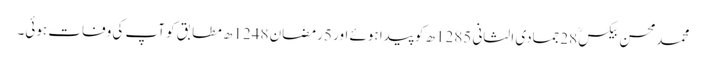
محمدمحسن بیکسؒ 28جمادی الثانی 1285ھ کو پیدا ہوئے اور 5رمضان 1248ھ مطابق کو آپ کی وفات ہوئی۔